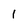
Character: 1